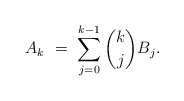
\begin{align*}A_k \ = \ \sum_{j=0}^{k-1} \binom{k}{j} B_j.\end{align*}